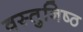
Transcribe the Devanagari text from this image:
वस्‍तुनिष्‍ठ